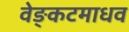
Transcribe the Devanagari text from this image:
वेङ्कटमाधव